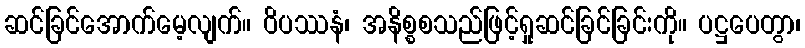
ဆင်ခြင်အောက်မေ့လျက်။ ဝိပဿနံ၊ အနိစ္စစသည်ဖြင့်ရှုဆင်ခြင်ခြင်းကို။ ပဋ္ဌပေတွာ၊